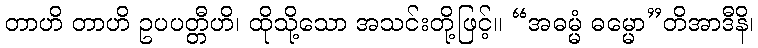
တာဟိ တာဟိ ဥပပတ္တီဟိ၊ ထိုသို့သော အသင်းတို့ဖြင့်။ “အဓမ္မံ ဓမ္မော”တိအာဒီနိ၊